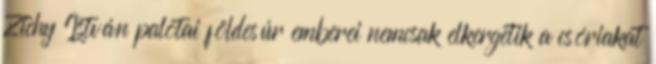
Zichy István palotai földesúr emberei nemcsak elkergetik a csóriakat